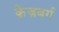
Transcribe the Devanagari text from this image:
क्रेज़बर्ग